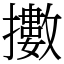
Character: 擻